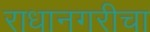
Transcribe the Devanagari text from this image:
राधानगरीचा